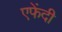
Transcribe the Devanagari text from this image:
एफेंदी